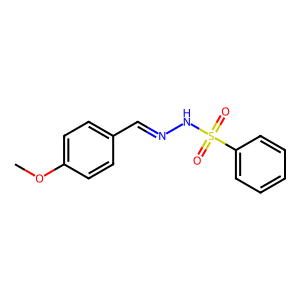
SMILES: COc1ccc(C=NNS(=O)(=O)c2ccccc2)cc1
Inhibits HIV replication: No